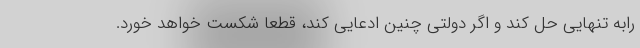
رابه تنهایی حل کند و اگر دولتی چنین ادعایی کند، قطعاً شکست خواهد خورد.